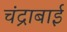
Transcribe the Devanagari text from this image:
चंद्राबाई